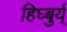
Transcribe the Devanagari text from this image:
हिघ्बुर्य्